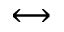
\leftrightarrow